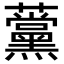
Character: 𧅗